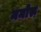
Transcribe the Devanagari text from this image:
ममोरू